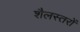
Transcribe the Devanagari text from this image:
शैलस्तरों